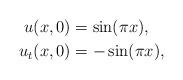
LaTeX: \begin{align*}u(x,0) &= \sin (\pi x),\\{u_t}(x,0) &= - \sin (\pi x),\end{align*}